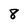
Character: 8